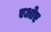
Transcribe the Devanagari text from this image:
एओए